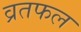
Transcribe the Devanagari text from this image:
व्रतफल